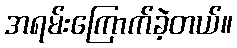
အရမ်းကြောက်ခဲ့တယ်။